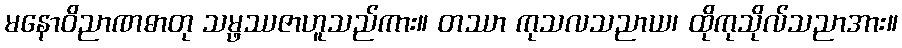
မနောဝိညာဏဓာတု သမ္ဖဿဇာဟူသည်ကား။ တဿာ ကုသလသညာယ၊ ထိုကုသိုလ်သညာအား။